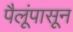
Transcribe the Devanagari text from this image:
पैलूंपासून